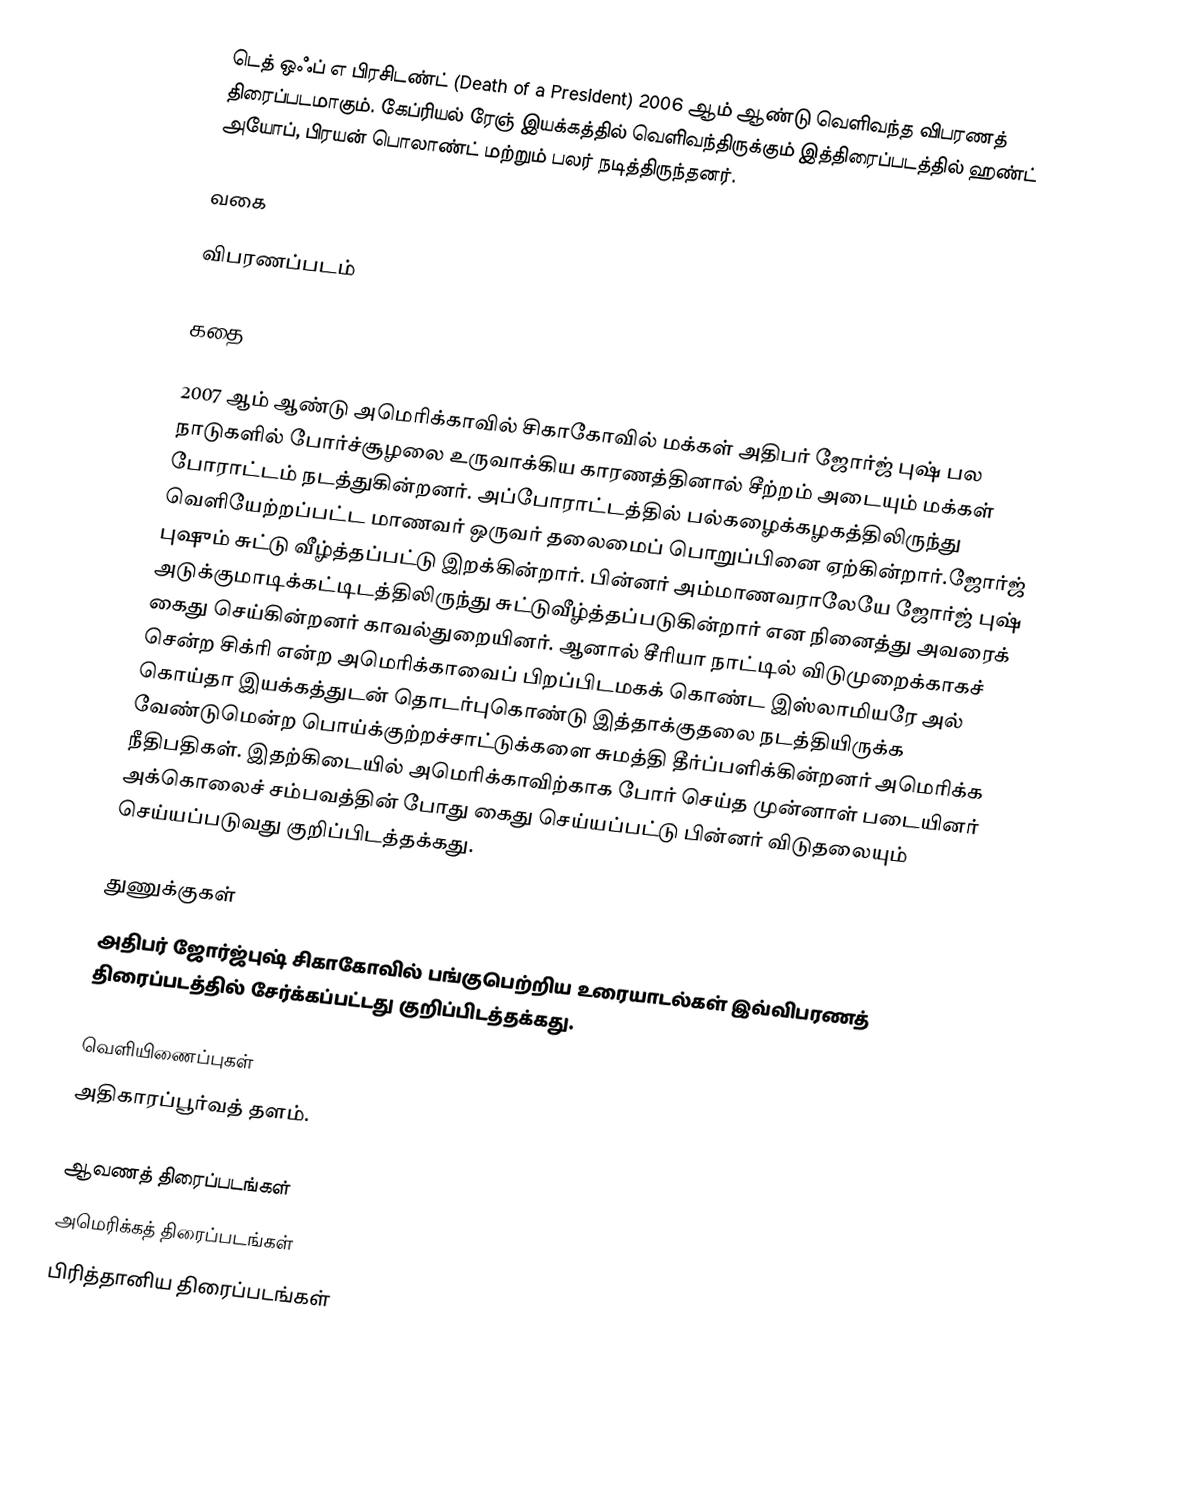
டெத் ஒஃப் எ பிரசிடண்ட் (Death of a President) 2006 ஆம் ஆண்டு வெளிவந்த விபரணத் திரைப்படமாகும். கேப்ரியல் ரேஞ் இயக்கத்தில் வெளிவந்திருக்கும் இத்திரைப்படத்தில் ஹண்ட் அயோப், பிரயன் பொலாண்ட் மற்றும் பலர் நடித்திருந்தனர்.

வகை

விபரணப்படம்

கதை

2007 ஆம் ஆண்டு அமெரிக்காவில் சிகாகோவில் மக்கள் அதிபர் ஜோர்ஜ் புஷ் பல நாடுகளில் போர்ச்சூழலை உருவாக்கிய காரணத்தினால் சீற்றம் அடையும் மக்கள் போராட்டம் நடத்துகின்றனர். அப்போராட்டத்தில் பல்கழைக்கழகத்திலிருந்து வெளியேற்றப்பட்ட மாணவர் ஒருவர் தலைமைப் பொறுப்பினை ஏற்கின்றார்.ஜோர்ஜ் புஷும் சுட்டு வீழ்த்தப்பட்டு இறக்கின்றார். பின்னர் அம்மாணவராலேயே ஜோர்ஜ் புஷ் அடுக்குமாடிக்கட்டிடத்திலிருந்து சுட்டுவீழ்த்தப்படுகின்றார் என நினைத்து அவரைக் கைது செய்கின்றனர் காவல்துறையினர். ஆனால் சீரியா நாட்டில் விடுமுறைக்காகச் சென்ற சிக்ரி என்ற அமெரிக்காவைப் பிறப்பிடமகக் கொண்ட இஸ்லாமியரே அல் கொய்தா இயக்கத்துடன் தொடர்புகொண்டு இத்தாக்குதலை நடத்தியிருக்க வேண்டுமென்ற பொய்க்குற்றச்சாட்டுக்களை சுமத்தி தீர்ப்பளிக்கின்றனர் அமெரிக்க நீதிபதிகள். இதற்கிடையில் அமெரிக்காவிற்காக போர் செய்த முன்னாள் படையினர் அக்கொலைச் சம்பவத்தின் போது கைது செய்யப்பட்டு பின்னர் விடுதலையும் செய்யப்படுவது குறிப்பிடத்தக்கது.

துணுக்குகள்
அதிபர் ஜோர்ஜ்புஷ் சிகாகோவில் பங்குபெற்றிய உரையாடல்கள் இவ்விபரணத் திரைப்படத்தில் சேர்க்கப்பட்டது குறிப்பிடத்தக்கது.

வெளியிணைப்புகள்
 அதிகாரப்பூர்வத் தளம்.

ஆவணத் திரைப்படங்கள்
அமெரிக்கத் திரைப்படங்கள்
பிரித்தானிய திரைப்படங்கள்